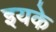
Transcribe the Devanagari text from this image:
इयके